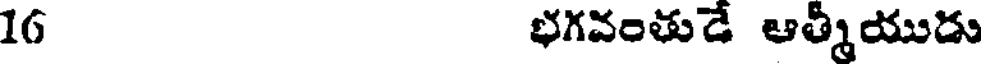
16 భగవంతుడే ఆత్మీయుడు